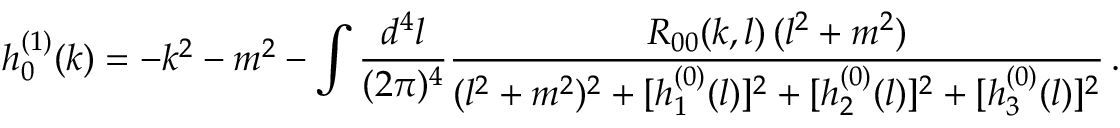
h _ { 0 } ^ { ( 1 ) } ( k ) = - k ^ { 2 } - m ^ { 2 } - \int { \frac { d ^ { 4 } l } { ( 2 \pi ) ^ { 4 } } } { \frac { R _ { 0 0 } ( k , l ) \, ( l ^ { 2 } + m ^ { 2 } ) } { ( l ^ { 2 } + m ^ { 2 } ) ^ { 2 } + [ h _ { 1 } ^ { ( 0 ) } ( l ) ] ^ { 2 } + [ h _ { 2 } ^ { ( 0 ) } ( l ) ] ^ { 2 } + [ h _ { 3 } ^ { ( 0 ) } ( l ) ] ^ { 2 } } } \, .